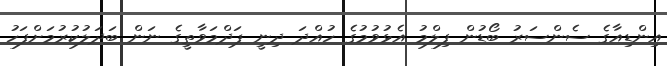
އިންޑިއާގެ ސެންސަރު ބޯޑުން ފިލްމު އެޅުވުމުގެ ހުއްދަ ދިނީ ޕަދްމަވާތީގެ ނަން ބަދަލުކުރުމަށްފަހު